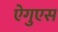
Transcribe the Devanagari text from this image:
ऐगुएस